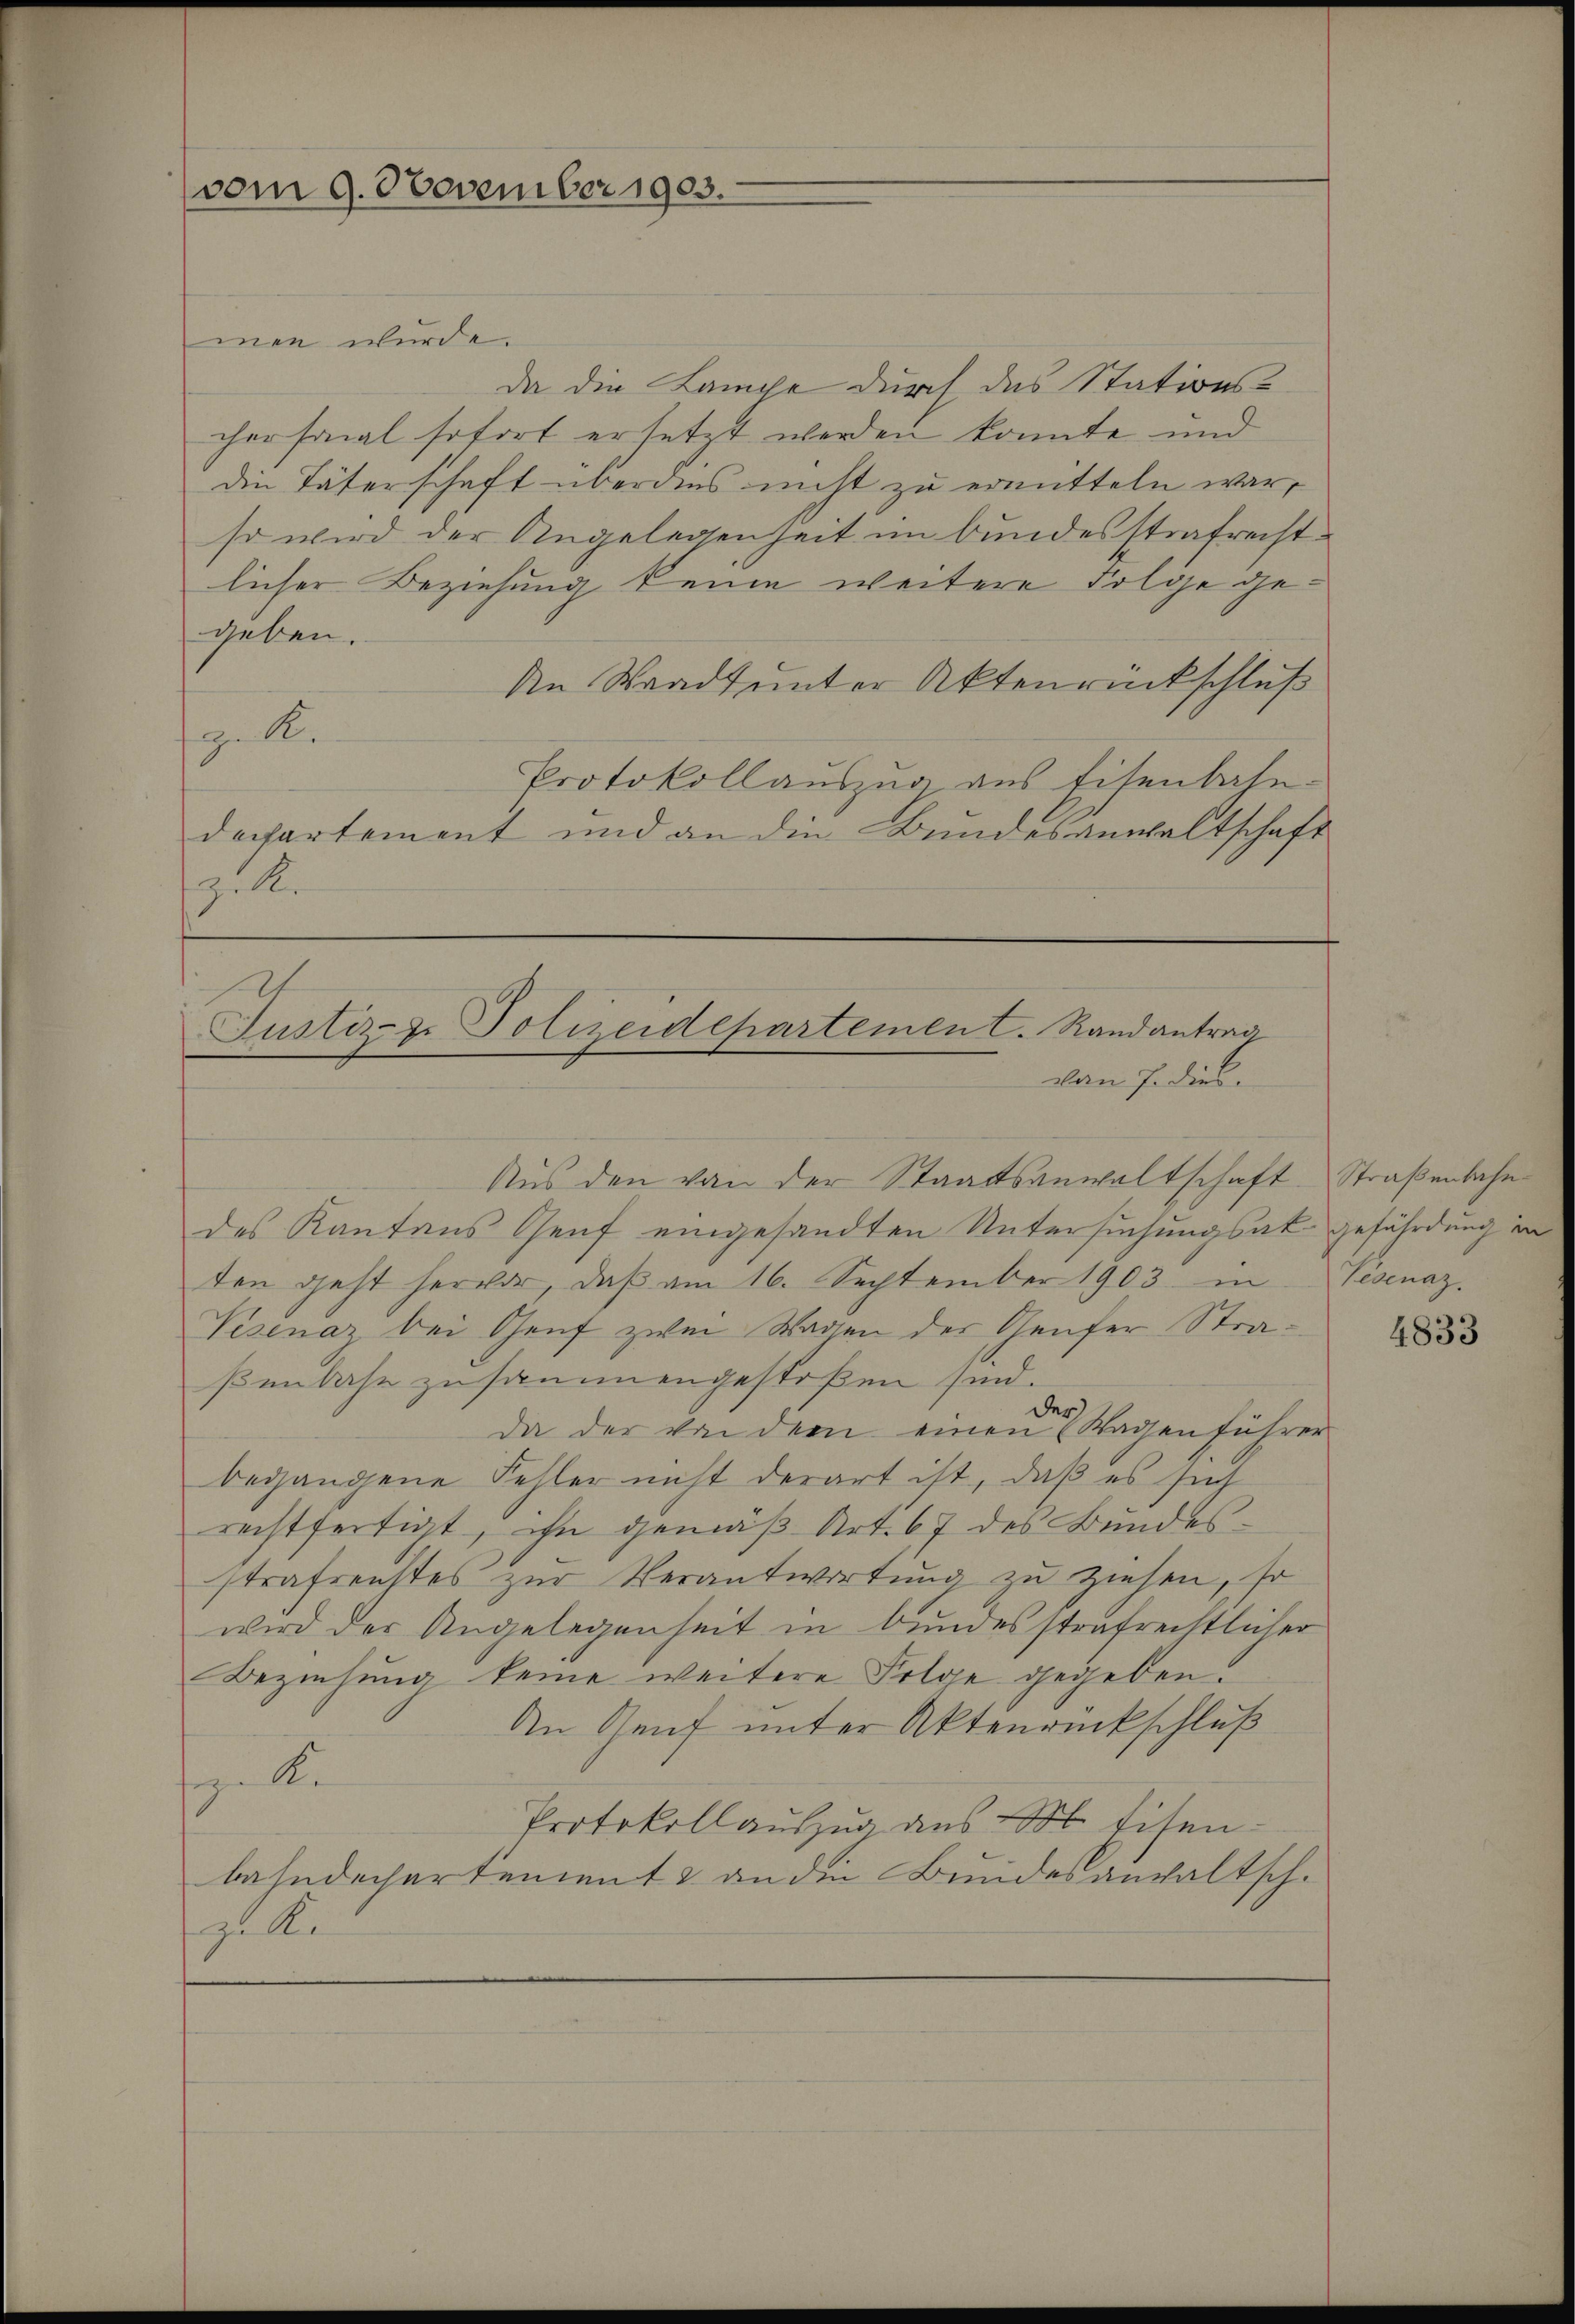
men wurde.
da die Lange durch das Stationschersonal sofort ersetzt werden konnte und
die Täterschaft überdies nicht zu ermitteln war,
so wird der Angelegenheit im Bundesstrafrecht
licher Beziehung keine weitere Folge gegeben.
An Waadt unter Aktenrückschluß
. K.
Protokollaŭszŭg aŭs Eisenbahn.
departement und an die Bundesanwaltschaft
zull.

(vom 9. November 1903.

Justiz- & Polizeidepartemen C. Randantrag
van h. diese

Aus den von der Staatsanwaltschaft Straßenbahndes Kantons Genf eingesandten Untersuchungsak-gefährdung in
ten geht hervor, daß am 16. September 1903 in
Visenaz bei Genf zwei Wagen der Genfer Straßenbahn zusammengestoßen sind.
d
da der von dem einen Wagen führer
begangene Fehler nicht derart ist, daß es sich
rechtfertigt, ihn gemäß Art. 67 des Bundesstrafsenstes zur Verantwortung zu ziehen, so
wird der Angelegenheit in bundesstrafrechtlicher
Beziehung keine weitere Folge gegeben.
An Genf unter Aktenrückschluß

Protokollauszug aus d. Eisen-
bahndechartement & an die Bundesanwaltsch.
zu Ke

Tedenaz.

4833